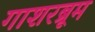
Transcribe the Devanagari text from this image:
गाशरब्रूम